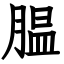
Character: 腽